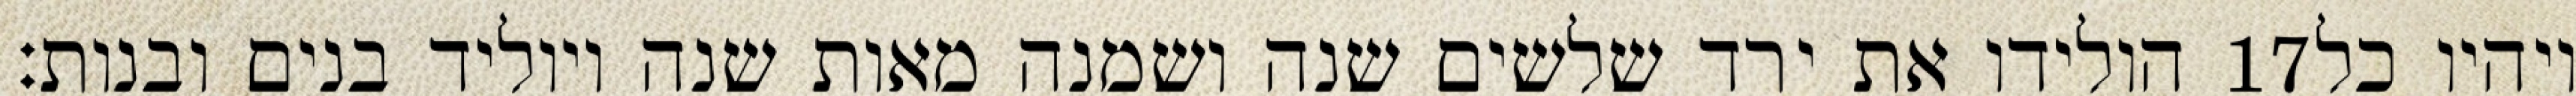
הולידו את ירד שלשים שנה ושמנה מאות שנה ויוליד בנים ובנות׃ ‎17‏ ויהיו כל